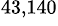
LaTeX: ^\mathrm{43,140}